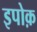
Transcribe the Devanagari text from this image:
इपोक़